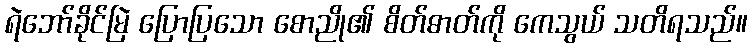
ရဲဘော်ခိုင်မြဲ ပြောပြသော စောညို၏ စိတ်ဓာတ်ကို ကေသွယ် သတိရသည်။